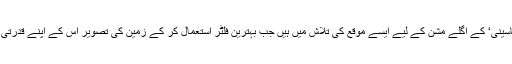
لیکن اب ڈاکٹر پارکو ’کاسینی‘ کے اگلے مشن کے لیے ایسے موقع کی تلاش میں ہیں جب بہترین فلٹر استعمال کر کے زمین کی تصویر اس کے اپنے قدرتی رنگ میں لے جا سکے۔